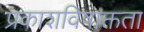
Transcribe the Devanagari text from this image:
प्रकाशविषाक्तता